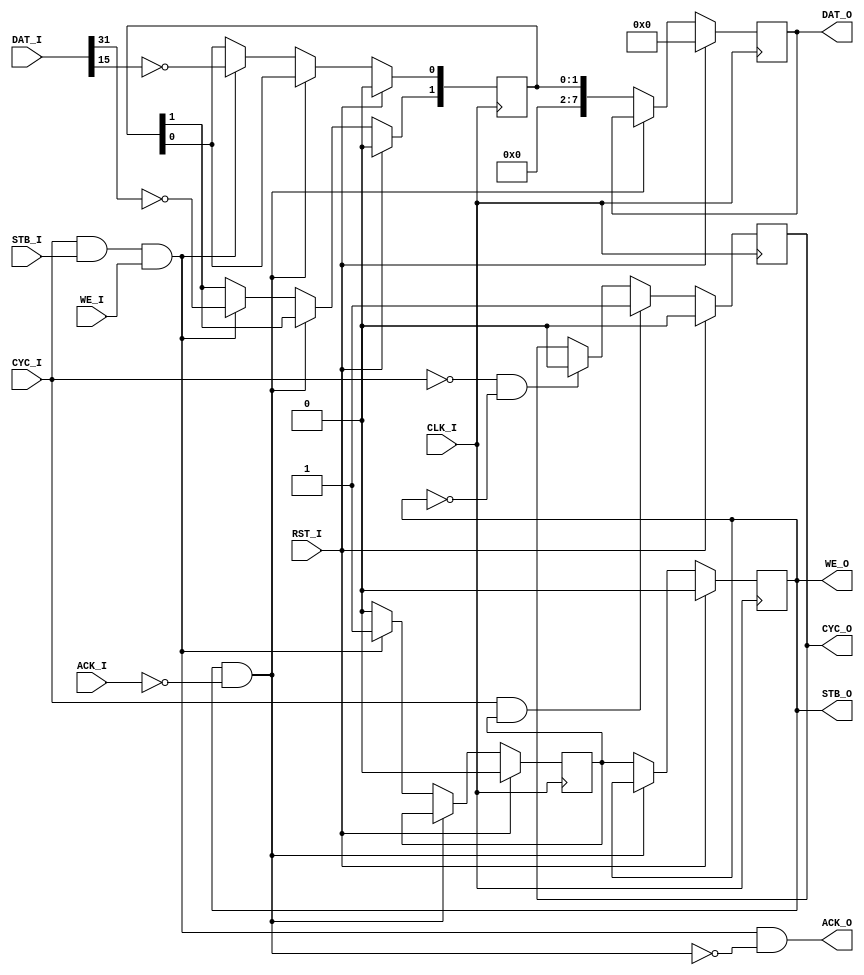
`timescale 1ns / 1ps
//////////////////////////////////////////////////////////////////////////////////
// Company: 
// Engineer: 
// 
// Design Name: 
// Module Name:    DataSymDem 
// Project Name: 
// Target Devices: 
// Tool versions: 
// Description: 
//
// Dependencies: 
//
// Revision: 
// Revision 0.01 - File Created
// Additional Comments: 
//
//////////////////////////////////////////////////////////////////////////////////
module DataSymDem(
	input 			CLK_I, RST_I,
	input [31:0] 	DAT_I,
	input 			WE_I, STB_I, CYC_I,
	output			ACK_O,
	
	output reg [7:0]	DAT_O,
	output reg			CYC_O, STB_O,
	output				WE_O,
	input				ACK_I	
    );
	 
wire out_halt = STB_O & (~ACK_I);
wire ena = (CYC_I) & STB_I & WE_I;
assign ACK_O = ena &(~out_halt);

reg		 CYC_I_pp;
always @(posedge CLK_I or negedge RST_I)
begin
	if (RST_I) 	CYC_I_pp <= 1'b0;
	else 			CYC_I_pp <= CYC_I;
end


wire [15:0] QPSK_Im = DAT_I[31:16];
wire [15:0] QPSK_Re = DAT_I[15:0];
reg [1:0] bits_dem;
reg 		 bits_dem_val;
always @(posedge CLK_I)
begin
	if(RST_I) begin 
		bits_dem 		<= 2'b0;
		bits_dem_val 	<= 1'b0;
		end
	else if (~out_halt)	begin			
		if(ena) begin
			bits_dem[1] 	<= ~QPSK_Im[15];
			bits_dem[0] 	<= ~QPSK_Re[15];
			bits_dem_val	<= 1'b1;
			end
		else	bits_dem_val 		<= 1'b0;	
		end
end


always @(posedge CLK_I)
begin
	if(RST_I)	begin
		STB_O <= 1'b0;
		DAT_O <= 32'b0;
		end
	else if(~out_halt) begin	
		DAT_O <= {6'd0, bits_dem};	
		STB_O <= bits_dem_val;
		end	
end

always @(posedge CLK_I)
begin
	if(RST_I)								CYC_O	<= 1'b0;		
	else if ((CYC_I) & bits_dem_val)	CYC_O	<= 1'b1;
	else if ((~CYC_I) & (~STB_O)) 	CYC_O	<= 1'b0;
end

assign WE_O = STB_O;

endmodule